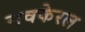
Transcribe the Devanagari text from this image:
नवकेरल